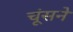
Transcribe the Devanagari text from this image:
चूंसने